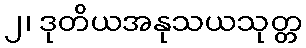
၂၊ ဒုတိယအနုသယသုတ္တ